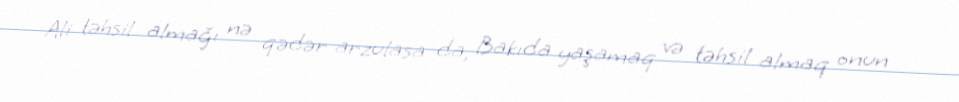
Ali təhsil almağı nə qədər arzulasa da, Bakıda yaşamaq və təhsil almaq onun